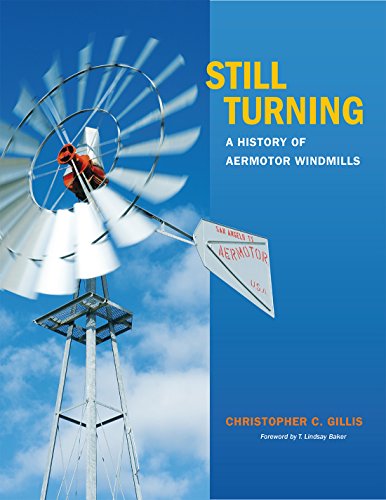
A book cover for Still Turning: A History of Aermotor Windmills (Tarleton State University Southwestern Studies in the Humanities); Christopher C. Gillis; Business & Money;